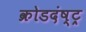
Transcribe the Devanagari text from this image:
क्रोडदंष्ट्र